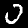
Label: 0